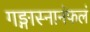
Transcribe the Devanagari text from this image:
गङ्गास्नानंफलं